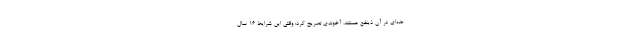
عده‌ای در آن ذینفع هستند. آخوندی تصریح کرد: وقتی این شرایط 16 سال